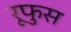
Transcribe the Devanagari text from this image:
रूफुस